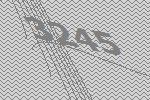
3245